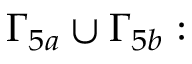
\Gamma _ { 5 a } \cup \Gamma _ { 5 b } :